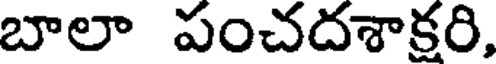
బాలా పంచదశాక్షరి,